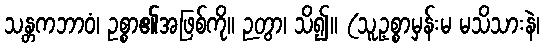
သန္တကဘာဝံ၊ ဥစ္စာ၏အဖြစ်ကို။ ဉတွာ၊ သိ၍။ (သူ့ဥစ္စာမှန်းမ မသိသားနဲ၊